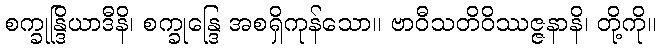
စက္ခုန္ဒြိယာဒီနိ၊ စက္ခုန္ဒြေ အစရှိကုန်သော။ ဗာဝီသတိဝိဿဇ္ဇနာနိ၊ တို့ကို။